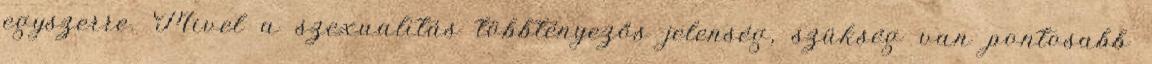
egyszerre. Mivel a szexualitás többtényezős jelenség, szükség van pontosabb